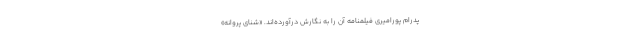
پدرام پورامیری فیلمنامه آن را به نگارش درآورده‌اند. «شنای پروانه»